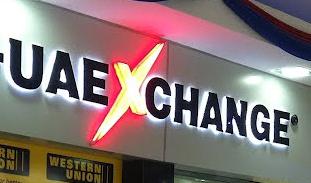
uaexchange